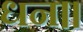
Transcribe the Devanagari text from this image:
धन॥